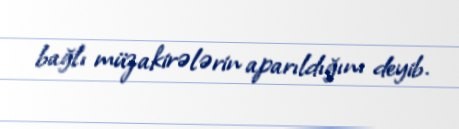
bağlı müzakirələrin aparıldığını deyib.